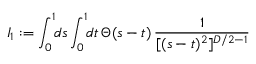
I _ { 1 } : = \int _ { 0 } ^ { 1 } \! \! d s \int _ { 0 } ^ { 1 } \! \! d t \, \Theta ( s - t ) \, { \frac { 1 } { [ ( s - t ) ^ { 2 } ] ^ { D / 2 - 1 } } }